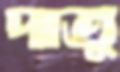
দাতু